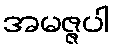
အမဇ္ဇပါ